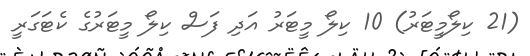
(21 ކިލޯމީޓަރު) 10 ކިލޯ މީޓަރު އަދި ފަސް ކިލޯ މީޓަރުގެ ކެޓަގަރީ